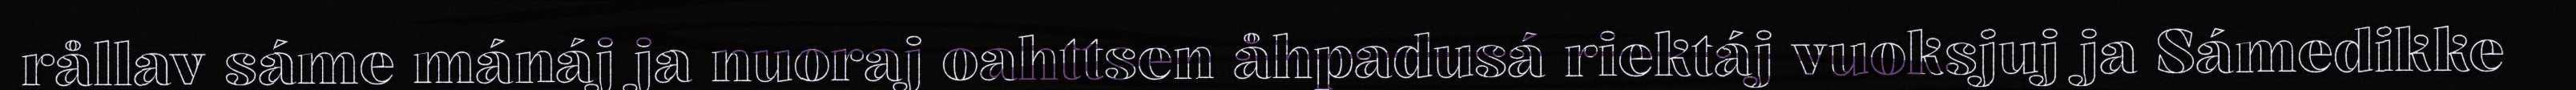
rållav sáme mánáj ja nuoraj oahttsen åhpadusá riektáj vuoksjuj ja Sámedikke